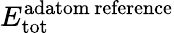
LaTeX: E_{\mathrm{tot}}^{\mathrm{adatom\ reference}}